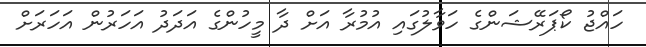
ހައްޖު ކޯޕަރޭޝަންގެ ހަވާލުގައި އުމުރާ އަށް ދާ މީހުންގެ އަދަދު އަހަރުން އަހަރަށް